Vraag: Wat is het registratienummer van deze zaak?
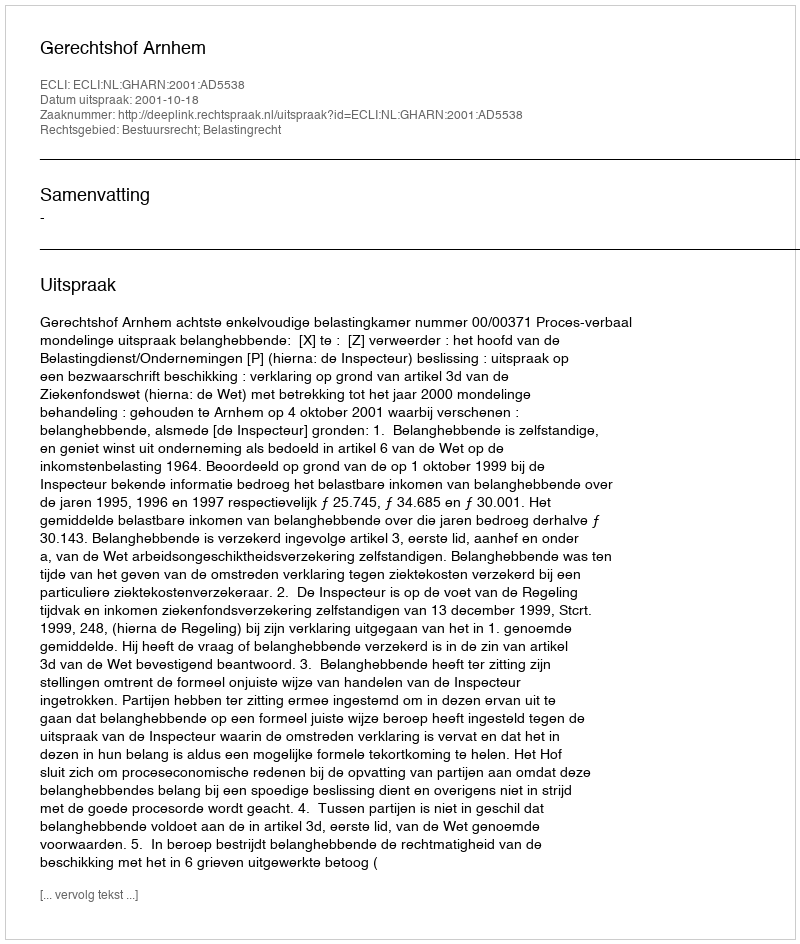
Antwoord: http://deeplink.rechtspraak.nl/uitspraak?id=ECLI:NL:GHARN:2001:AD5538